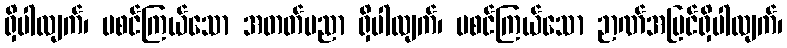
ရှိပါလျက်၊ မစင်ကြယ်သော အတတ်ပညာ ရှိပါလျက်၊ မစင်ကြယ်သော ဉာဏ်အမြင်ရှိပါလျက်၊